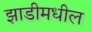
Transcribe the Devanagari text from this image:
झाडीमधील